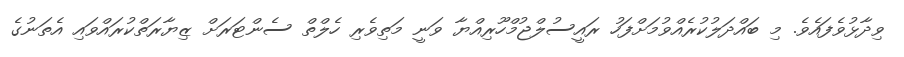
ވިދާޅުވެފައެވެ. މި ބައްދަލުކުރެއްވުމަށްފަހު ރައީސުލްޖުމްހޫރިއްޔާ ވަނީ މަތިވެރި ހެލްތް ސެންޓަރަށް ޒިޔާރަތްކުރައްވައި އެތަނުގެ